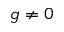
g \neq 0